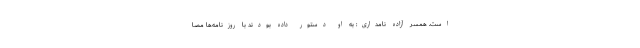
است. همسر آزاده نامداری: به او دستور داده بودند با روزنامه‌ها مصا